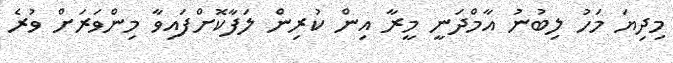
މިދިޔަ މަހު ލިބުނު އާމްދަނީ މީރާ އިން ކުރިން ލަފާކޮށްފައިވާ މިންވަރަށް ވުރެ